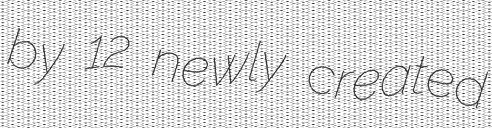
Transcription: by 12 newly created